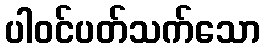
ပါဝင်ပတ်သက်သော